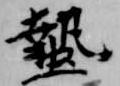
蟄